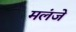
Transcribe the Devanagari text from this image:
मलंजे